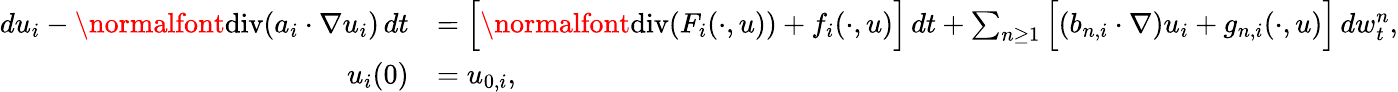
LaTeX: \begin{array}{rl}{du_{i}-\normalfont{\mathrm{div}}(a_{i}\cdot\nabla u_{i})\, dt}&{=\Big[\normalfont{\mathrm{div}}(F_{i}(\cdot,u))+f_{i}(\cdot,u)\Big]\, dt+\sum_{n\geq 1}\Big[(b_{n,i}\cdot\nabla)u_{i}+g_{n,i}(\cdot,u)\Big]\, dw_{t}^{n},}\\ {u_{i}(0)}&{=u_{0,i},}\end{array}